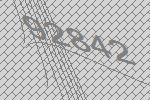
92842